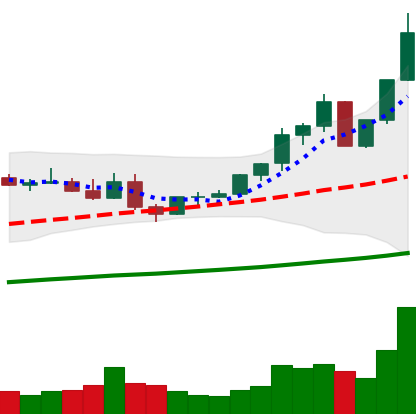
Ticker: ETC-USD
Chart end date: 2021-04-06
Forward return: 14.4%
Label: up_7plus